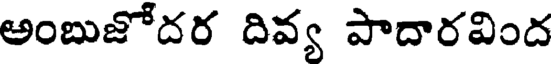
అంబుజోదర దివ్య పాదారవింద